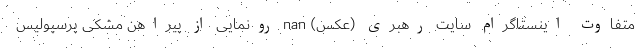
متفاوت اینستاگرام سایت رهبری (عکس) nan رونمایی از پیراهن مشکی پرسپولیس